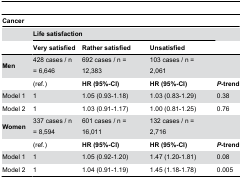
| <COLSPAN=5> Cancer |
 |  | <COLSPAN=3> Life satisfaction |  |
 |  | Very satisfied | Rather satisfied | Unsatisfied |  |
 | --- | --- | --- | --- | --- |
 | Men | 428 cases / n = 6,646 | 692 cases / n = 12,383 | 103 cases / n = 2,061 |  |
 |  | (ref.) | HR (95%-CI) | HR (95%-CI) | P-trend |
 | Model 1 | 1 | 1.05 (0.93-1.18) | 1.03 (0.83-1.29) | 0.38 |
 | Model 2 | 1 | 1.03 (0.91-1.17) | 1.00 (0.81-1.25) | 0.76 |
 | Women | 337 cases / n = 8,594 | 601 cases / n = 16,011 | 132 cases / n = 2,716 |  |
 |  | (ref.) | HR (95%-CI) | HR (95%-CI) | P-trend |
 | Model 1 | 1 | 1.05 (0.92-1.20) | 1.47 (1.20-1.81) | 0.08 |
 | Model 2 | 1 | 1.04 (0.91-1.19) | 1.45 (1.18-1.78) | 0.005 |